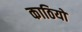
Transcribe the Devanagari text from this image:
काठियों